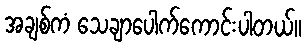
အချစ်ကံ သေချာပေါက်ကောင်းပါတယ်။